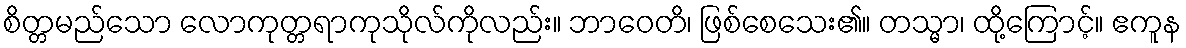
စိတ္တမည်သော လောကုတ္တရာကုသိုလ်ကိုလည်း။ ဘာဝေတိ၊ ဖြစ်စေသေး၏။ တသ္မာ၊ ထို့ကြောင့်။ ဧကူန